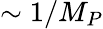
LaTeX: \sim 1/M_{P}